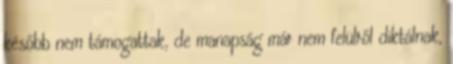
később nem támogattak, de manapság már nem felülről diktálnak,